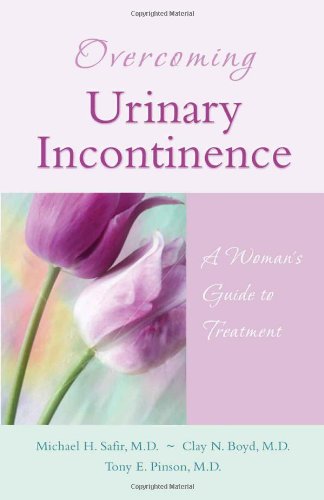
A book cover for Overcoming Urinary Incontinence: A Woman's Guide to Treatment; Michael H. Safir MD; Health, Fitness & Dieting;